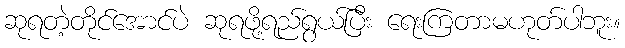
ဆုရတဲ့တိုင်အောင်ပဲ ဆုရဖို့ရည်ရွယ်ပြီး ရေးကြတာမဟုတ်ပါဘူး။